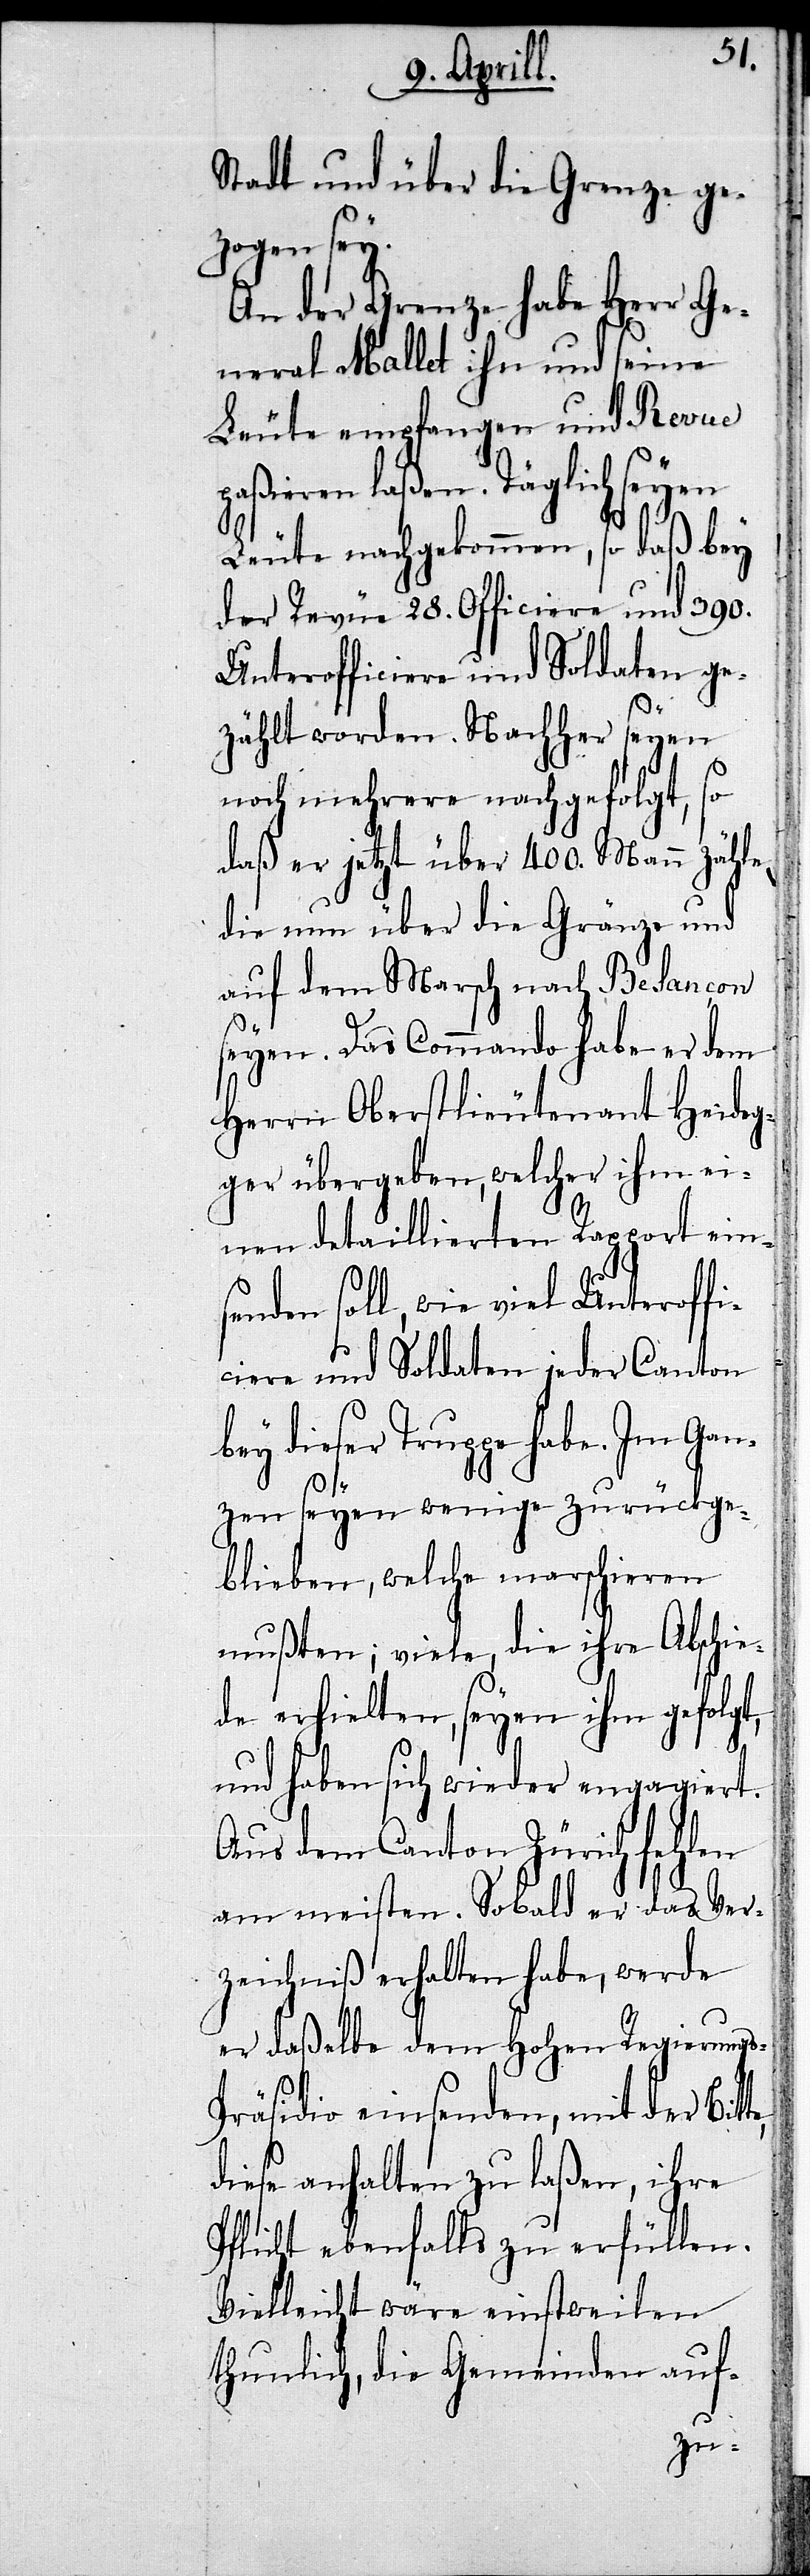
gt,
Stadt und über die Grenze ge¬
zogen sey.
An der Grenze habe Herr Ge¬
neral Mallet ihn und seine
Leute empfangen und Revue
paßieren laßen. Täglich seyen
Leute nachgekommen, so daß bey
der Revüe 28. Officiere und 390.
Unterofficiere und Soldaten ge¬
zählt worden. Nachher seyen
noch mehrere nachgefolgt, so
daß er jetzt über 400. Mann zähl¬
die nun über die Gränze und
auf dem Marsch nach Besançon
te,
seyen. Das Commando habe er dem
Herrn Oberstlieutenant Heideg¬
ger übergeben, welcher ihm ei¬
nen detaillierten Rapport ein¬
senden soll, wie viel Unteroffi¬
ciere und Soldaten jeder Canton
bey dieser Truppe habe. Im Gan¬
zen seyen wenige zurückge¬
blieben, welche marschieren
mußten; viele, die ihre Abschie¬
de erhielten, seyen ihm gefol¬
und haben sich wieder engagiert.
Aus dem Canton Zürich fehlen
am meisten. Sobald er das Ver¬
zeichniß erhalten habe, werde
er daßelbe dem Hohen Regierungs-P¬
räsidio einsenden, mit der Bit¬
diese anhalten zu laßen, ihre
Pflicht ebenfalls zu erfüllen.
Vielleicht wäre einstweilen
thunlich, die Gemeinden auf-